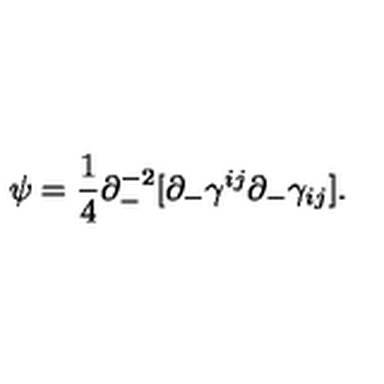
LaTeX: \psi = \frac { 1 } { 4 } \partial _ { - } ^ { - 2 } [ \partial _ { - } \gamma ^ { i j } \partial _ { - } \gamma _ { i j } ] .